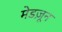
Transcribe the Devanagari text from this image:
मेडज़ून